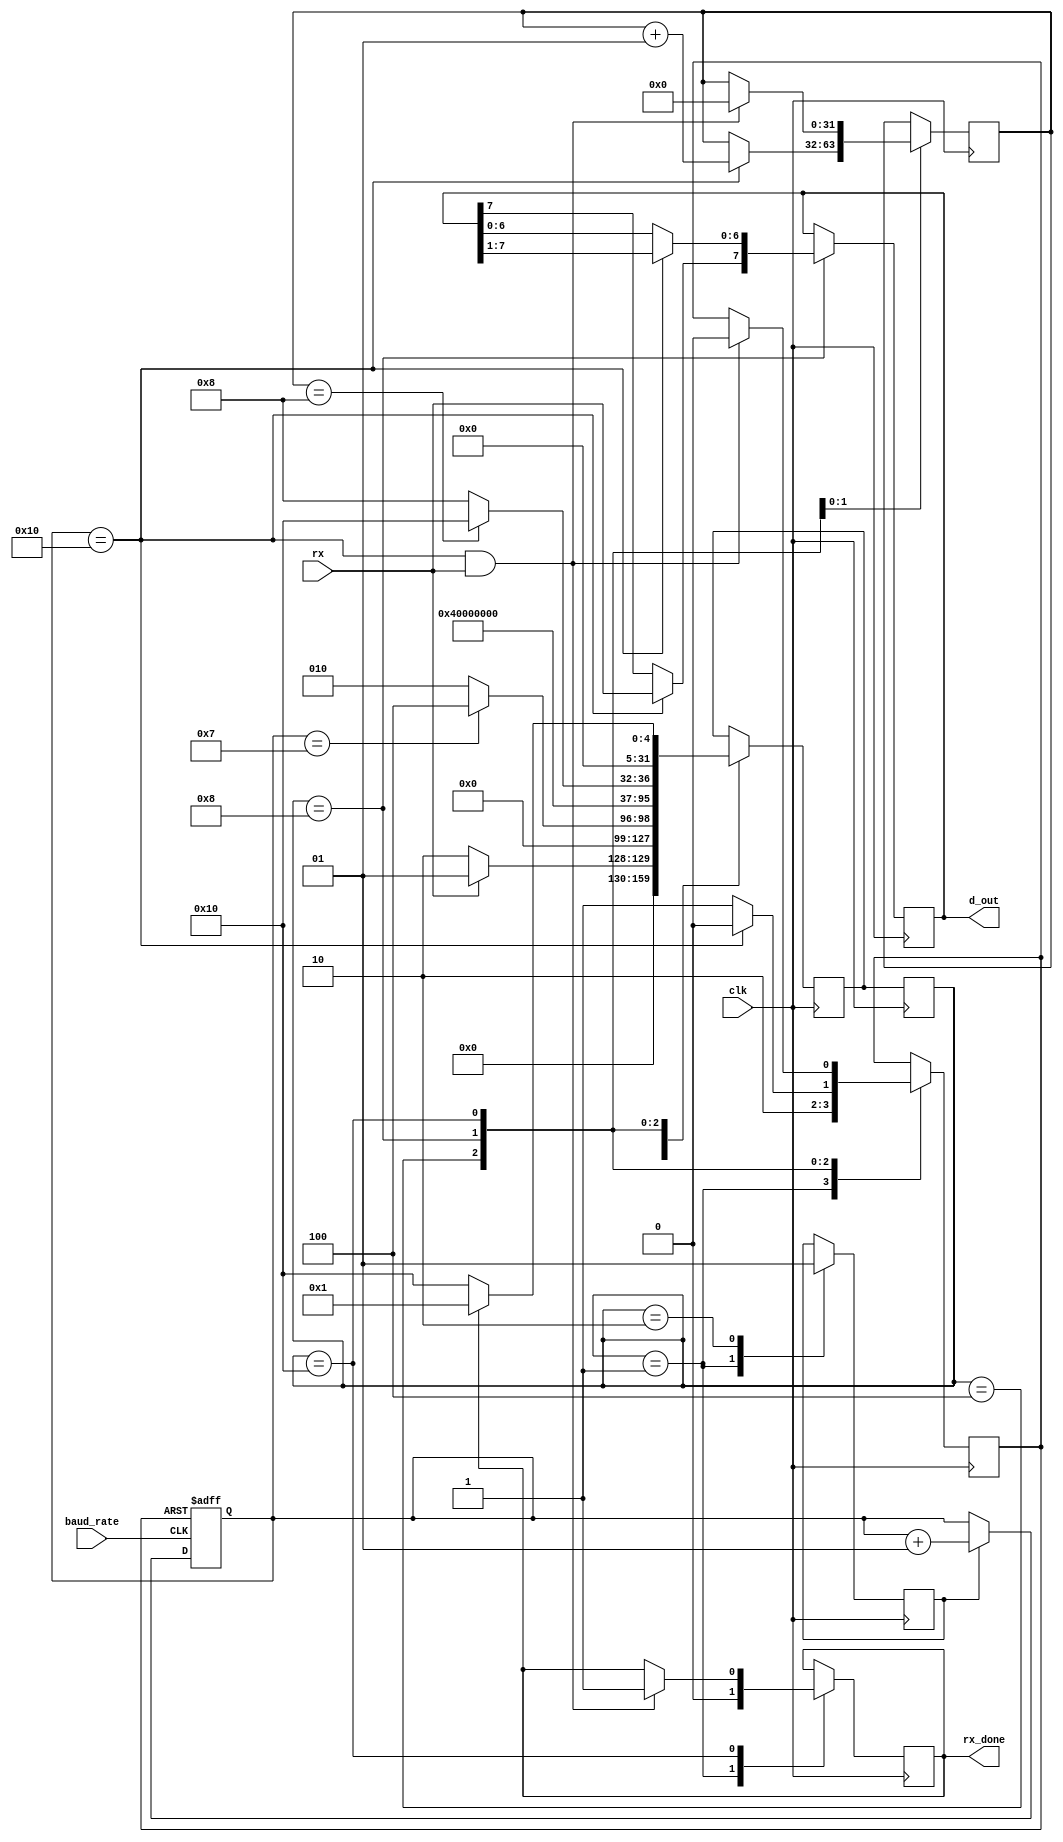
module RX
	#( parameter stateA = 'b00001,
		parameter stateB = 'b00010,
		parameter stateC = 'b00100,
		parameter stateD = 'b01000,
		parameter stateE = 'b10000)
	(input clk,
	input baud_rate,
	input rx,
	output reg [7:0] d_out,
	output reg rx_done);
	
	integer state = stateA;
	integer next_state = stateA;
	
	reg tick_enable = 0;
	integer count = 0;
	reg rst_count = 1;
	integer bits_count = 0;
	
	always@(posedge clk)
	begin
		state = next_state;
	end
	
	always@(posedge clk)
	begin
		case(state)
			//el estado A espera por el bit de start
			stateA:
				if(rx == 1) next_state = stateA;
				else next_state = stateB;
			//una vez recibido el bit de start se pasa al estado B, donde se 
			//esperan 7 cuentas
			stateB:
				if(count == 7) next_state = stateC;
				else next_state = stateB;
			//cuando se cumplen las 7 cuentas se pasa al estado C, en donde
			//se resetea el counter y se pasa inmediatamente al proximo estado
			stateC:
				next_state = stateD;
			//en el estado B, se comienzan a recibir los datos
			//cuando se cumplen los 8 bits, se pasa al estado E
			stateD:
				if(bits_count == 8) next_state = stateE;
				else next_state = stateD;
			//en el estado E se espera por el bit de stop para volver al estado idle
			stateE:
				if(rx_done == 1) next_state = stateA;
				else next_state = stateE;
		endcase
	end
	
	always@(posedge clk)
	begin
		case(state)
			//en el estado A, se deshabilita el contador y rx_done se pone en 0
			stateA:
			begin
				rst_count = 1;
				tick_enable = 0;
				rx_done = 0;
			end
			//en el estado B se habilita el contador, y se esperan 7 cuentas para 
			//pasar al estado C
			stateB:
			begin
				tick_enable = 1;
			end
			//en el estado C se resetea el contador y se pasa inmediatamente
			//al estado D
			stateC:
			begin
				rst_count = 0;
			end
			//en el estado B, cada vez que la cuenta llega a 16, se toma un bit y se guarda en d_out
			//se incrementa la cuenta de bits leidos y se resetea el contador
			stateD:
			begin
				rst_count = 1;
				if(count == 16)
				begin
					d_out = d_out>>1;
					d_out[7] = rx;
					bits_count = bits_count + 1;
					rst_count = 0;
				end
			end
			stateE:
			begin
				if(count == 16 && rx == 1)
				begin
					rx_done = 1;
					bits_count = 0;
					rst_count = 0;
				end
			end
		endcase
	end
				
				
	//contador de ticks
	always@(posedge baud_rate or negedge rst_count)
	begin
		//reset cuenta
		if(rst_count == 0) count = 0;
		//contar si esta habilitado
		else
		begin
			if(tick_enable == 1) count = count+1;
		end
	end

endmodule